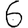
Digit: 6